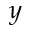
y